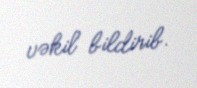
vəkil bildirib.